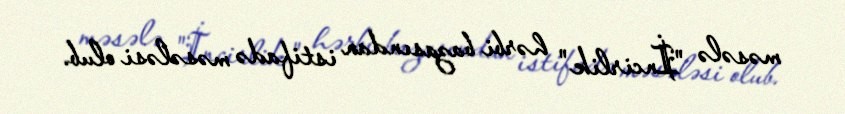
məsələ "İncirlik" hərbi bazasından istifadə məsələsi olub.